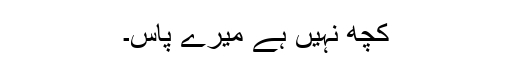
کچھ نہیں ہے میرے پاس۔